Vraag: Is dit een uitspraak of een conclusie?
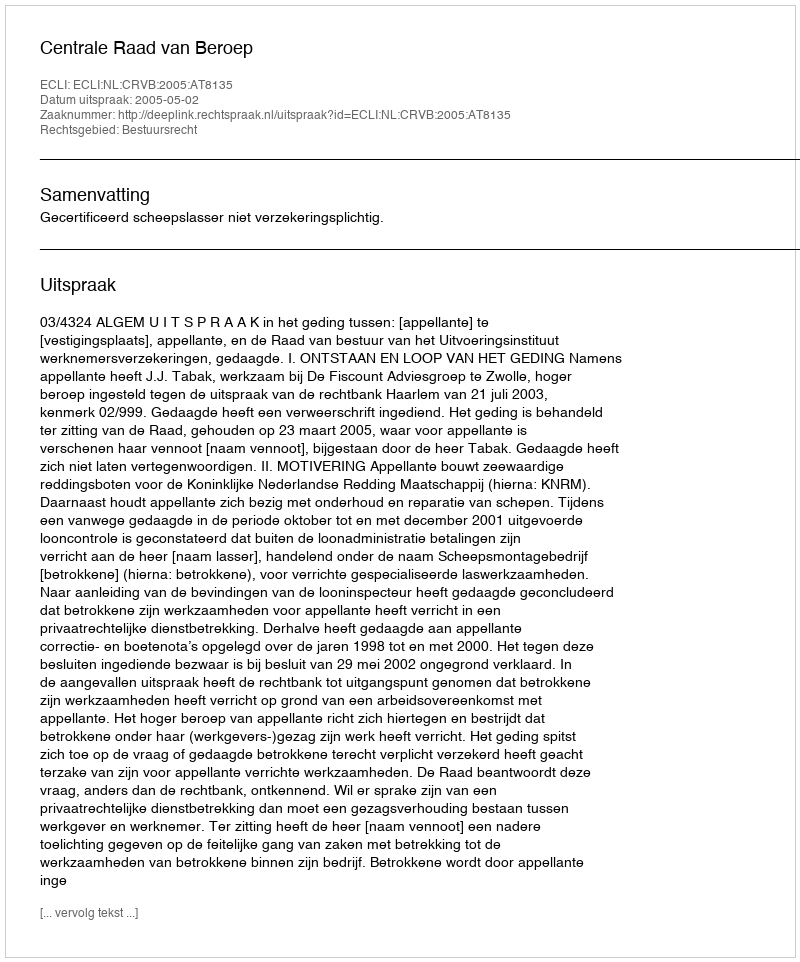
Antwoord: Uitspraak